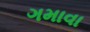
ગમાવા